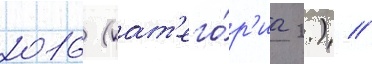
2016 (кат'его́р'иа 2.) //